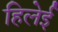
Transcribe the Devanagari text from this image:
हिलेई